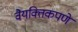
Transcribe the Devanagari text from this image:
वैयक्तिकपणे